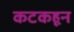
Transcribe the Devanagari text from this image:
कटकहून